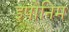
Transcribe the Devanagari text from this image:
इपोनिम